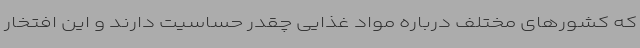
که کشورهای مختلف درباره مواد غذایی چقدر حساسیت دارند و این افتخار